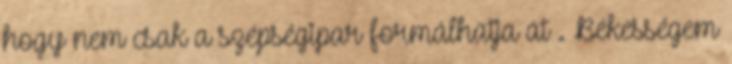
hogy nem csak a szépségipar formálhatja át . Békességem